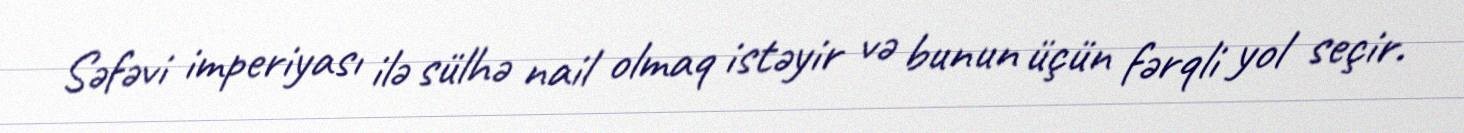
Səfəvi imperiyası ilə sülhə nail olmaq istəyir və bunun üçün fərqli yol seçir.